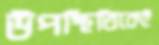
উপস্থিতিকেই